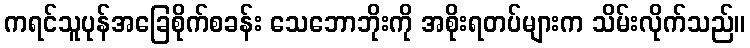
ကရင်သူပုန်အခြေစိုက်စခန်း သေဘောဘိုးကို အစိုးရတပ်များက သိမ်းလိုက်သည်။